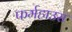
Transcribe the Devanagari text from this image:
फर्महाउस